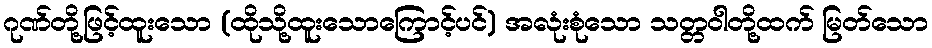
ဂုဏ်တို့ဖြင့်ထူးသော (ထိုသို့ထူးသောကြောင့်ပင်) အလုံးစုံသော သတ္တဝါတို့ထက် မြတ်သော